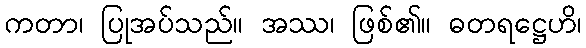
ကတာ၊ ပြုအပ်သည်။ အဿ၊ ဖြစ်၏။ ဓတရဋ္ဌေဟိ၊